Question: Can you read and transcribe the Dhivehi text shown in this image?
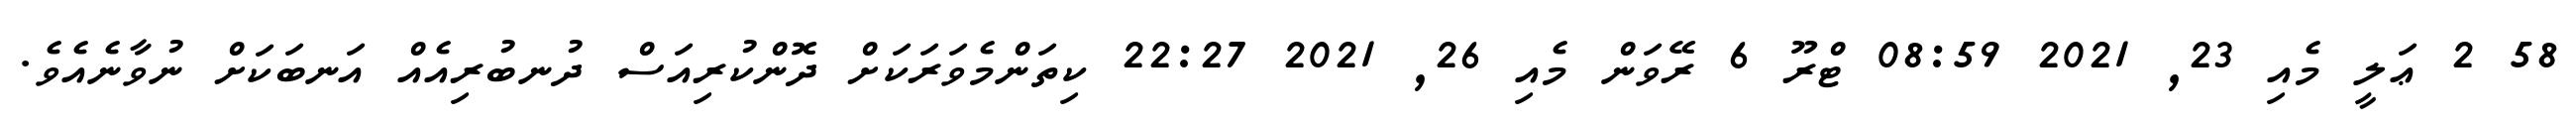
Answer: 58 2 ޢަލީ މެއި 23, 2021 08:59 ޓްރޫ 6 ރޭވަން މެއި 26, 2021 22:27 ކިތަންމެވަރަކަށް ދޮންކުރިއަސް ދުނބުރިއެއް އަނބަކަށް ނުވާނެއެވެ.